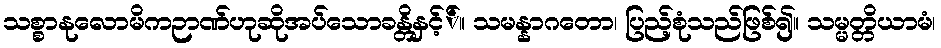
သစ္စာနုလောမိကဉာဏ်ဟုဆိုအပ်သောခန္တိနှင့််။ သမန္နာဂတော၊ ပြည့်စုံသည်ဖြစ်၍။ သမ္မတ္တိယာမံ၊